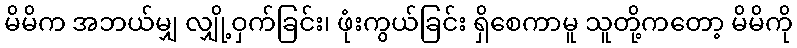
မိမိက အဘယ်မျှ လျှို့ဝှက်ခြင်း၊ ဖုံးကွယ်ခြင်း ရှိစေကာမူ သူတို့ကတော့ မိမိကို